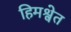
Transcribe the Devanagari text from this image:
हिमश्वेत